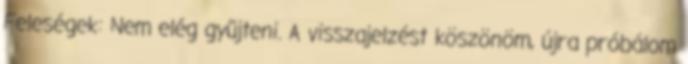
Feleségek: Nem elég gyűjteni. A visszajelzést köszönöm, újra próbálom